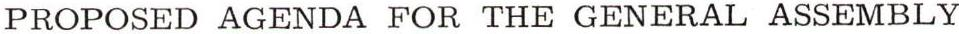
PROPOSED AGENDA FOR THE GENERAL ASSEMBLY